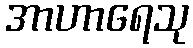
အာဟာရေသု